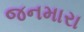
જનમારા